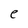
Character: e